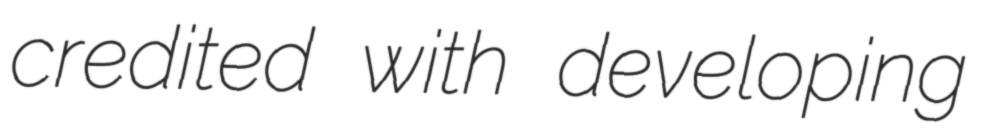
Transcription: credited with developing